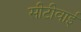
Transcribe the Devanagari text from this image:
सीटीवाई